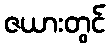
ဇယားတွင်